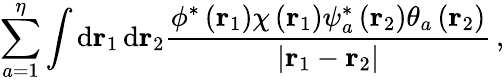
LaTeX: \sum_{a=1}^{\eta}\int\textrm{d}\mathbf r_{1}\, \textrm{d}\mathbf r_{2}\frac{\phi^{*}\left(\mathbf r_{1}\right)\chi\left(\mathbf r_{1}\right)\psi_{a}^{*}\left(\mathbf r_{2}\right)\theta_{a}\left(\mathbf r_{2}\right)}{\left|\mathbf r_{1}-\mathbf r_{2}\right|}\, ,